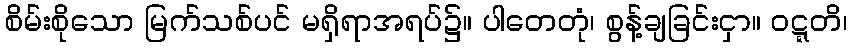
စိမ်းစိုသော မြက်သစ်ပင် မရှိရာအရပ်၌။ ပါတေတုံ၊ စွန့်ချခြင်းငှာ။ ဝဋ္ဋတိ၊